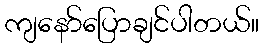
ကျနော်ပြောချင်ပါတယ်။